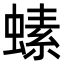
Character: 螦